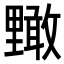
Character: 𮡜